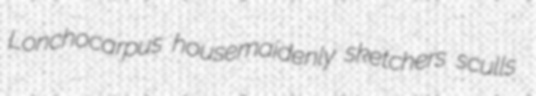
Lonchocarpus housemaidenly sketchers sculls